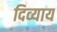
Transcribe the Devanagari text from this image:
दिव्याय